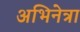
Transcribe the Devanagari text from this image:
अभिनेत्रा